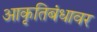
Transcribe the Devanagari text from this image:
आकृतिबंधावर